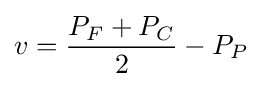
v={\frac {P_{F}+P_{C}}{2}}-P_{P}